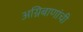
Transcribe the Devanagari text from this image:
अग्निबाणांची